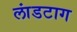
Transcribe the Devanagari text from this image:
लांडटाग